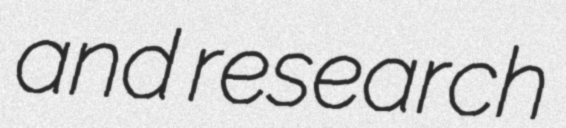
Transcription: and research